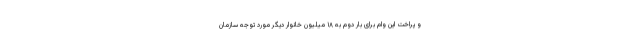
و پراخت این وام برای بار دوم به ۱۸ میلیون خانوار دیگر مورد توجه سازمان